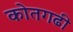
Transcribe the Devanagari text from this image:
कोतगढी